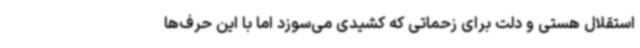
استقلال هستی و دلت برای زحماتی که کشیدی می‌سوزد اما با این حرف‌ها